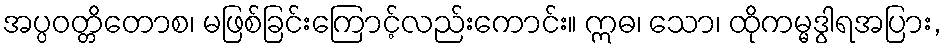
အပ္ပဝတ္တိတောစ၊ မဖြစ်ခြင်းကြောင့်လည်းကောင်း။ ဣဓ၊ သော၊ ထိုကမ္မဒွါရအပြား,